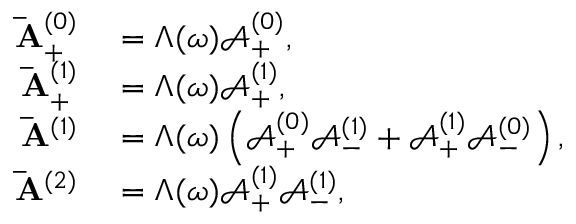
\begin{array} { r l } { \mathbf { \bar { A } } _ { + } ^ { ( 0 ) } } & { { } = \Lambda ( \omega ) \mathbf { \mathcal { A } } _ { + } ^ { ( 0 ) } , } \\ { \mathbf { \bar { A } } _ { + } ^ { ( 1 ) } } & { { } = \Lambda ( \omega ) \mathbf { \mathcal { A } } _ { + } ^ { ( 1 ) } , } \\ { \mathbf { \bar { A } } ^ { ( 1 ) } } & { { } = \Lambda ( \omega ) \left( \mathbf { \mathcal { A } } _ { + } ^ { ( 0 ) } \mathbf { \mathcal { A } } _ { - } ^ { ( 1 ) } + \mathbf { \mathcal { A } } _ { + } ^ { ( 1 ) } \mathbf { \mathcal { A } } _ { - } ^ { ( 0 ) } \right) , } \\ { \mathbf { \bar { A } } ^ { ( 2 ) } } & { { } = \Lambda ( \omega ) \mathbf { \mathcal { A } } _ { + } ^ { ( 1 ) } \mathbf { \mathcal { A } } _ { - } ^ { ( 1 ) } , } \end{array}